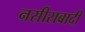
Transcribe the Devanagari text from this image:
नसीराबादी